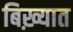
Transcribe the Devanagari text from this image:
बिख़्यात